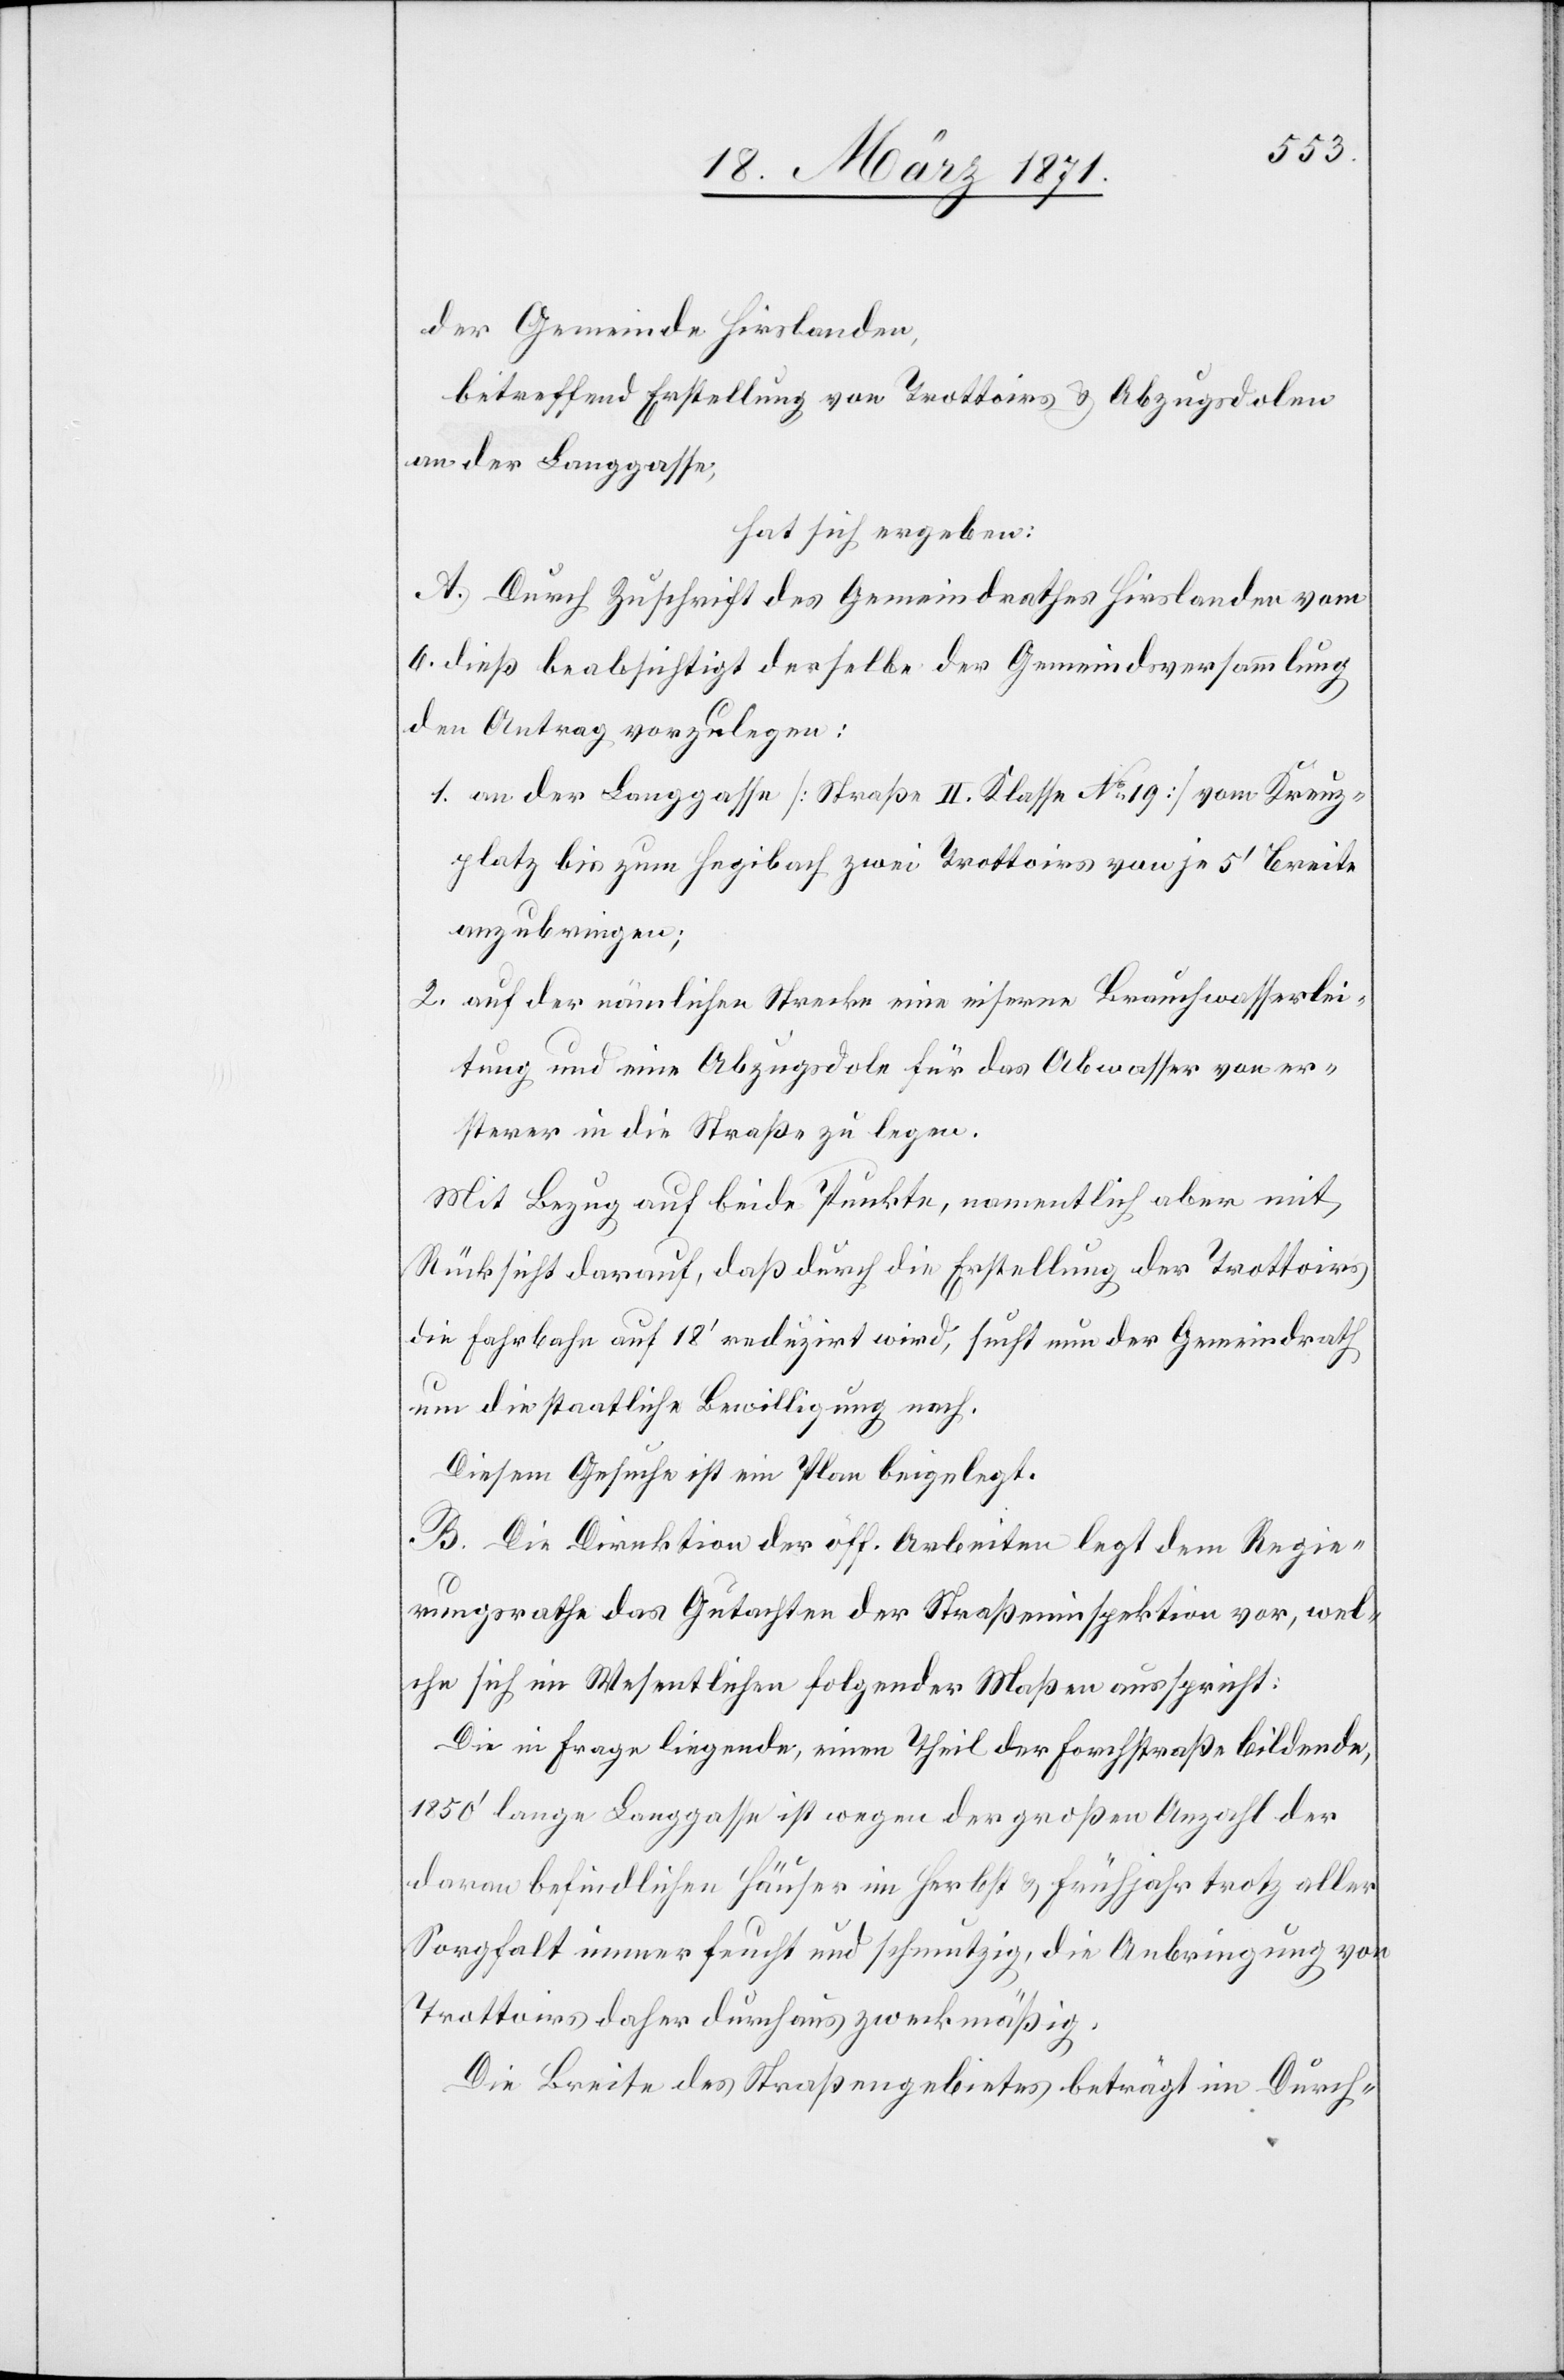
der Gemeinde Hirslanden,
betreffend Erstellung von Trottoirs u. Abzugsdolen
unter der Langgasse,
hat sich ergeben:
A. Durch Zuschrift des Gemeindrathes Hirslanden vom
6. dieß beabsichtigt derselbe der Gemeindsversammlung
den Antrag vorzulegen:
1. an der Langgasse [Straße II. Klasse No. 19] vom Kreuz¬
platz bis zum Hegibach zwei Trottoirs von je 5‘ Breite
anzubringen;
2. auf der nämlichen Strecke eine eiserne Brauchwasserlei¬
tung und eine Abzugsdole für das Abwasser von er¬
sterer in die Straße zu legen.
Mit Bezug auf beide Punkte, namentlich aber mit
Rücksicht darauf, daß durch die Erstellung der Trottoirs
die Fahrbahn auf 18‘ reduzirt wird, sucht nun der Gemeindrath
um die staatliche Bewilligung nach.
Diesem Gesuche ist ein Plan beigelegt.
B. Die Direktion der öff. Arbeiten legt dem Regie¬
rungsrathe das Gutachten der Straßeninspektion vor, wel¬
che sich im Wesentlichen folgender Maßen ausspricht:
Die in Frage liegende, einem Theil der Forchstraße bildende,
1850‘ lange Langgasse ist wegen der großen Anzahl der
daran befindlichen Häuser im Herbst u .Frühjahr trotz aller
Sorgfalt immer feucht und schmutzig, die Anbringung von
Trottoirs daher durchaus zweckmäßig.
Die Breite des Straßengebietes beträgt im Durch-